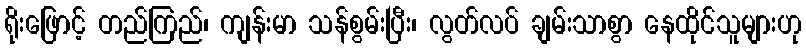
ရိုးဖြောင့် တည်ကြည်၊ ကျန်းမာ သန်စွမ်းပြီး၊ လွတ်လပ် ချမ်းသာစွာ နေထိုင်သူများဟု